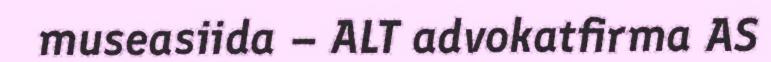
museasiida – ALT advokatfirma AS